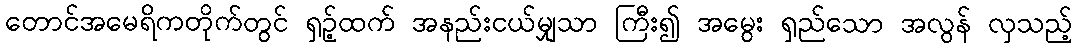
တောင်အမေရိကတိုက်တွင် ရှဉ့်ထက် အနည်းငယ်မျှသာ ကြီး၍ အမွေး ရှည်သော အလွန် လှသည့်